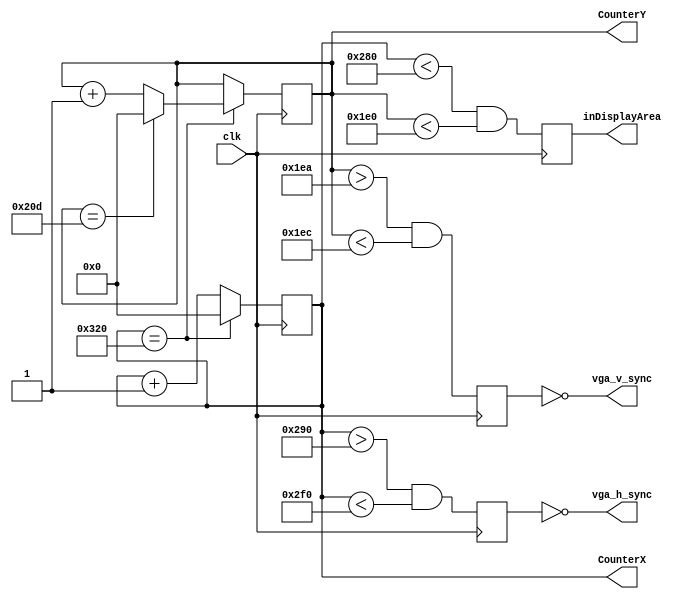
module hvsync_generator(
    input clk,
    output vga_h_sync,
    output vga_v_sync,
    output reg inDisplayArea,
    output reg [9:0] CounterX,
    output reg [9:0] CounterY
  );
    reg vga_HS, vga_VS;

    wire CounterXmaxed = (CounterX == 800); // 16 + 48 + 96 + 640
    wire CounterYmaxed = (CounterY == 525); // 10 + 2 + 33 + 480

    always @(posedge clk)
    if (CounterXmaxed)
      CounterX <= 0;
    else
      CounterX <= CounterX + 1;

    always @(posedge clk)
    begin
      if (CounterXmaxed)
      begin
        if(CounterYmaxed)
          CounterY <= 0;
        else
          CounterY <= CounterY + 1;
      end
    end

    always @(posedge clk)
    begin
      vga_HS <= (CounterX > (640 + 16) && (CounterX < (640 + 16 + 96)));   // active for 96 clocks
      vga_VS <= (CounterY > (480 + 10) && (CounterY < (480 + 10 + 2)));   // active for 2 clocks
    end

    always @(posedge clk)
    begin
        inDisplayArea <= (CounterX < 640) && (CounterY < 480);
    end

    assign vga_h_sync = ~vga_HS;
    assign vga_v_sync = ~vga_VS;

endmodule